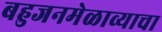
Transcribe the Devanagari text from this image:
बहुजनमेळाव्याचा